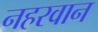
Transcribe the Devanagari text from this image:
नहरवान